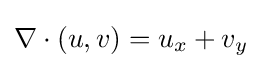
\nabla \cdot (u,v)=u_{x}+v_{y}